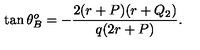
\tan \theta _ { B } ^ { o } = - { \frac { 2 ( r + P ) ( r + Q _ { 2 } ) } { q ( 2 r + P ) } } .